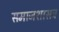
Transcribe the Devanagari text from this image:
समाजशासत्र